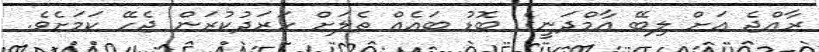
ރާއްޖެ އަށް ލިބޭ އާމްދަނީގެ ބޮޑު ބައެއް ތެލަށް ހަރަދުކުރަން ޖެހޭ ކަމަށެވެ.